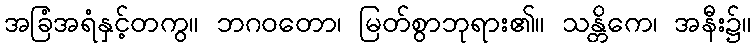
အခြံအရံနှင့်တကွ။ ဘဂဝတော၊ မြတ်စွာဘုရား၏။ သန္တိကေ၊ အနီး၌။